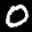
Label: 0